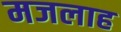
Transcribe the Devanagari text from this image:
मजलाह